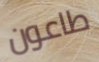
طاعون